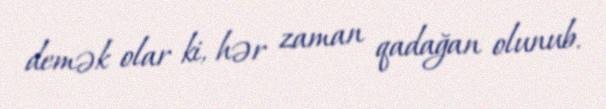
demək olar ki, hər zaman qadağan olunub.